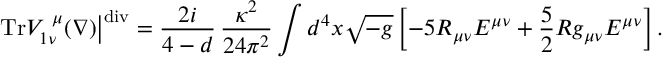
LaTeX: \left. \mathrm { T r } V _ { 1 \nu } ^ { ~ \mu } ( \nabla ) \right| ^ { \mathrm { d i v } } = \frac { 2 i } { 4 - d } \, \frac { \kappa ^ { 2 } } { 2 4 \pi ^ { 2 } } \int d ^ { 4 } x \sqrt { - g } \left[ - 5 R _ { \mu \nu } { \cal E } ^ { \mu \nu } + \frac { 5 } { 2 } R g _ { \mu \nu } { \cal E } ^ { \mu \nu } \right] .